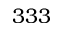
3 3 3